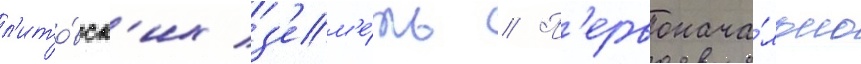
л'ито́вск'их з'ем'е́ль // П'ервонача́льно